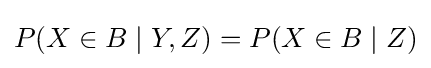
P(X\in B\mid Y,Z)=P(X\in B\mid Z)